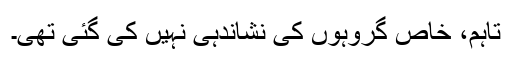
تاہم، خاص گروہوں کی نشاندہی نہیں کی گئی تھی۔